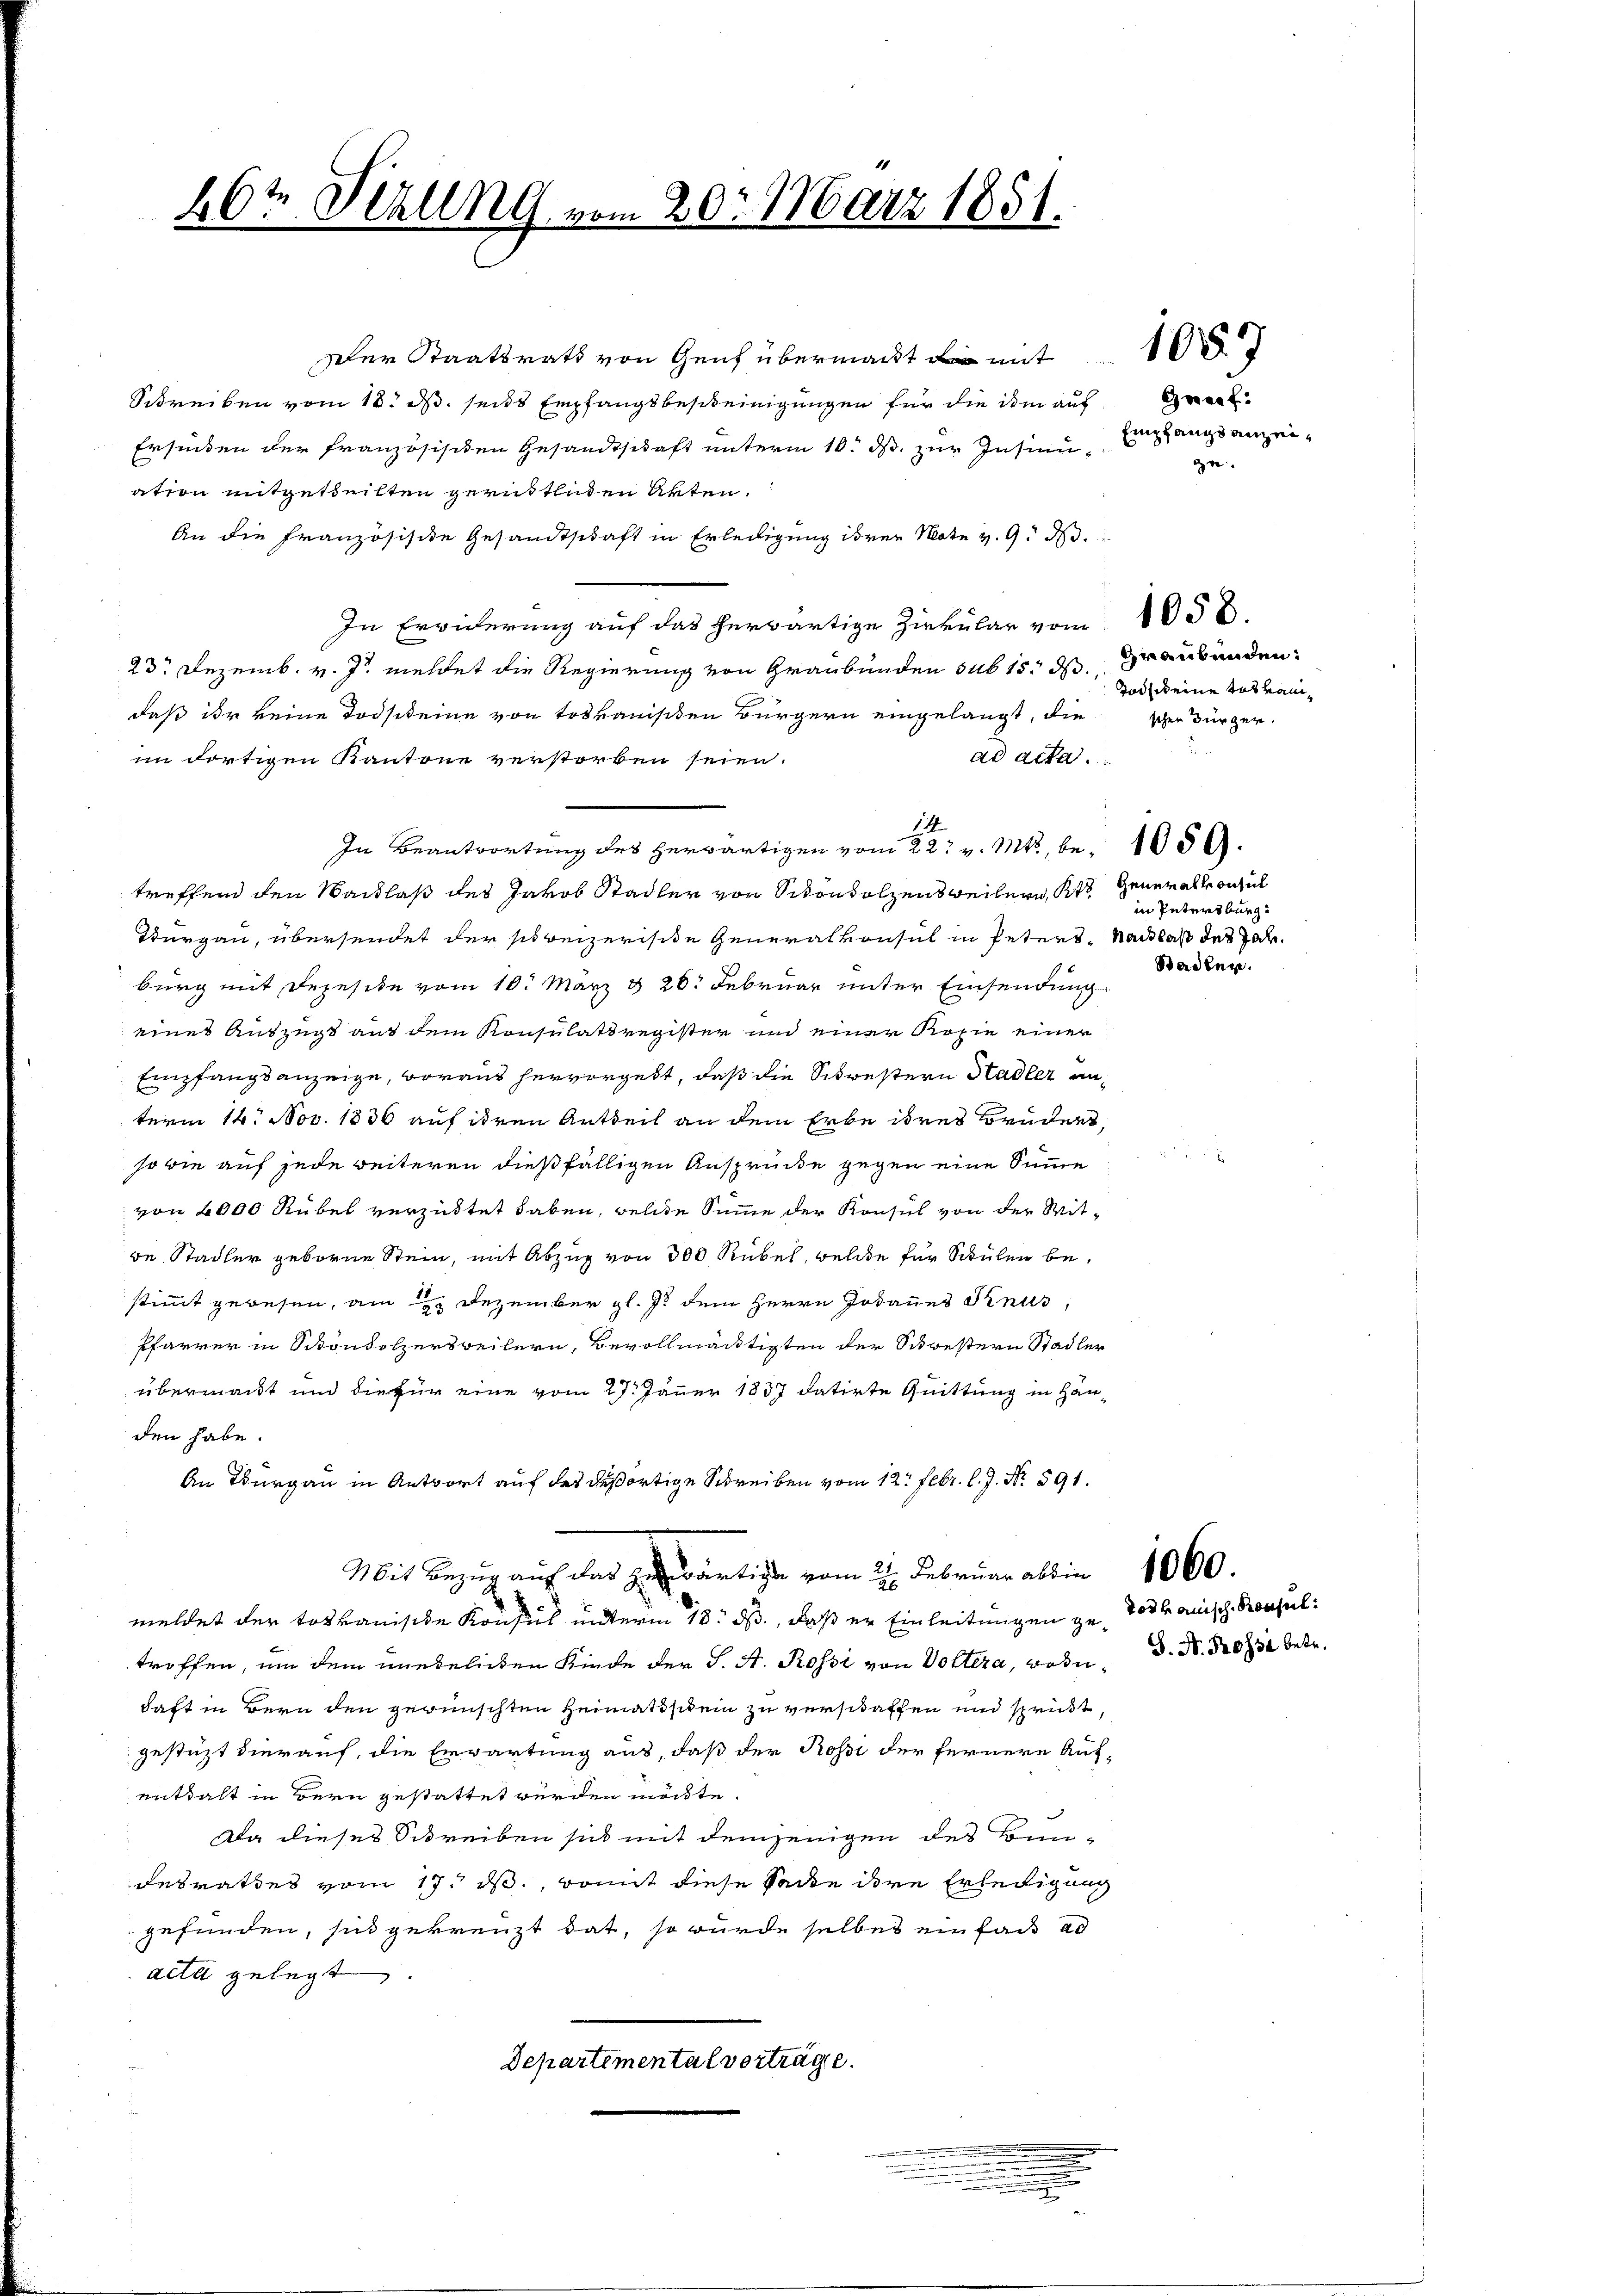
26t Jerung vom 20. März 1851.

Der Staatsrath von Genf übermacht die mit
Schreiben vom 18. ds. seits Empfangsbescheinigungen für die ihm auf
Erfinden der französischen Gesandtschaft unterm 10. ds. zur Insinuation mitgetheilten gerüstlichen Akten.
An die Französische Gesandtschaft in Erledigung ihrer Note v. 9. d.
In Erwiderung auf das herwärtige Zirkular vom 1858.
23. Dezemb. v. Js. meldet die Regierung von Graubünden sub 15. ds draubünden:
daß ihr keine Todsikeine von Erbkanisten Bürgern eingelangt, die scher Bürgerad acta.
im dortigen Kantone verstorben seien.
14
In Beantwortung des herwärtigen vom 22t v. Mts., betreffend den Nachlaß des Jakob Stadler von Sitonholzens weibern, Kts
Thurgau, übersendet der soweizerisite Generalkonsul in Peters, Nachlaß des Parburg mit Depesite vom 10. März & 26. Februar unter Einsendung
eines Auszug aus dem Konsulatsregister und einer Kopie einer
Empfangsanzeige, woraus hervorgeht, daß die Schwestern Hadler anterm 14. Nov. 1836 auf ihren Antheil an dem Erbe ihres Bruders,
so wie auf jede weiteren dießfälligen Ansprücke gegen eine Summe
von 2000 Rübel verzittet haben, welche Summe der Konsul von der Mitde Stadler geborne Stein, mit Abzug von 300 Rübel, welche für Schulen bestimmt gewesen, am 2. Dezember gl. 7. dem Herrn Jodannes Knus,
Pfarrer in Schondolzersweilern, Bevollmächtigten der Schwestern Stadler
übermacht und die für eine vom 27. Jäner 1837 datirte Quittung in Häuden habe.
An Thurgau in Antwort auf des deßortige Schreiben vom 12. Febr. l. J. N. 591.
Mit Bezug auf das Gewärtige vom 2. Februar absin
meldet der Toskanische Konsul unterm 13. ds., daß er Einleitungen zu Tod kanisch Konsul
troffen, um dem unehelichen Kinde der S. A. Rossi von Voltera, Bode d. M. D. 852 betr.
haft in Bern den gewünschten Heimatischein zu verschaffen und sprickt,
gestüzt vierauf, die Erwartung aus, daß der Rossi der fernere Aufenthalt in Bern gestattet werden möchte.
Da dieses Schreiben sich mit demjenigen des Bundesrathes vom 17. ds., womit diese Sackte ihre Erledigung
gefunden, sind gekreuzt hat, so wurde selbes einfaß ad
acta gelegt.
Departemental vorträge.
2
.

Goses f
Empfangsanzeie

1087

Todik eine Tatvam¬

Generalkonsul
in Petersburg

1059.

Stadler.

1060.